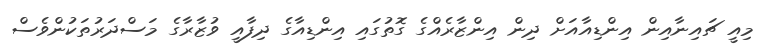
މިއީ ޗައިނާއިން އިންޑިއާއަށް ދިން އިންޒާރެއްގެ ގޮތުގައި އިންޑިއާގެ ދިފާއީ ވުޒާރާގެ މަސްދަރުތަކުންވެސް